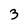
Character: 3